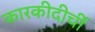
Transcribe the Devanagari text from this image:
कारकीदीर्ची